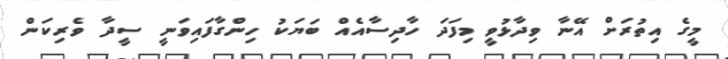
މީގެ އިތުރަށް އޭނާ ވިދާޅުވީ މިފަދަ ހާދިސާއެއް ބަޔަކު ހިންގާފައިވަނީ ސީދާ ވެރިކަން